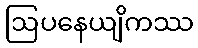
ဩပနေယျိကဿ